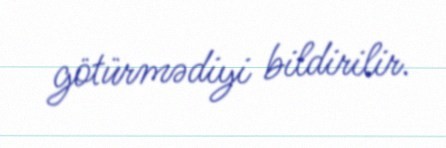
götürmədiyi bildirilir.